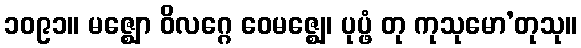
၁၀၉၁။ မဇ္ဈော ဝိလဂ္ဂေ ဝေမဇ္ဈေ၊ ပုပ္ဖံ တု ကုသုမော’တုသု။